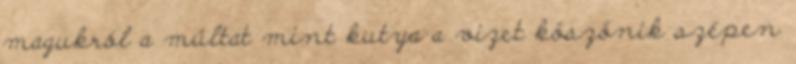
magukról a múltat mint kutya a vizet köszönik szépen